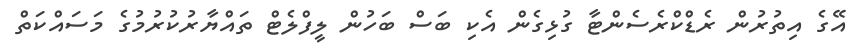
އޭގެ އިތުރުން ރެޑްކްރެސެންޓާ ގުޅިގެން އެކި ބަސް ބަހުން ލީފްލެޓް ތައްޔާރުކުރުމުގެ މަސައްކަތް